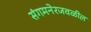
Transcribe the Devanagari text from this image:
संगमनेरजवळील